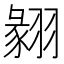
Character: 𦑙